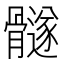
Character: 𲌓